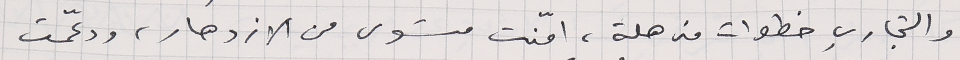
والتجاري خطوات مذهلة، امّنت مستوى من الازدهار، ودعّمت